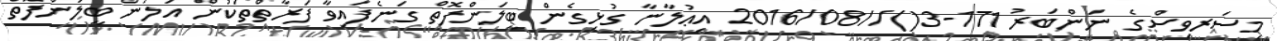
މިސަރވިސްގެ ނަންބަރު 171-3()//2016/08 އިޢުލާނާ ގުޅިގެން ބީލަންފޮތް ގަނެފައިވާ ފަރާތްތަކުން އަލުން ބީލަންފޮތް